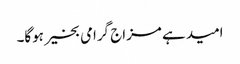
امید ہے مزاج گرامی بخیر ہوگا۔